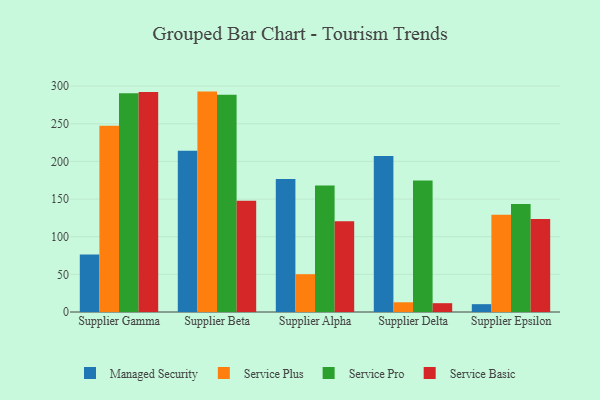
{"axis": {"x": "Supplier", "y": "Gross Profit (USD K)"}, "legend": ["Managed Security", "Service Basic", "Service Plus", "Service Pro"], "data": [{"x": "Supplier Gamma", "y": 76.4, "type": "Managed Security"}, {"x": "Supplier Gamma", "y": 247.2, "type": "Service Plus"}, {"x": "Supplier Gamma", "y": 290.6, "type": "Service Pro"}, {"x": "Supplier Gamma", "y": 292.1, "type": "Service Basic"}, {"x": "Supplier Beta", "y": 214.2, "type": "Managed Security"}, {"x": "Supplier Beta", "y": 292.7, "type": "Service Plus"}, {"x": "Supplier Beta", "y": 288.6, "type": "Service Pro"}, {"x": "Supplier Beta", "y": 147.8, "type": "Service Basic"}, {"x": "Supplier Alpha", "y": 176.5, "type": "Managed Security"}, {"x": "Supplier Alpha", "y": 50.2, "type": "Service Plus"}, {"x": "Supplier Alpha", "y": 167.9, "type": "Service Pro"}, {"x": "Supplier Alpha", "y": 120.4, "type": "Service Basic"}, {"x": "Supplier Delta", "y": 207.3, "type": "Managed Security"}, {"x": "Supplier Delta", "y": 12.9, "type": "Service Plus"}, {"x": "Supplier Delta", "y": 174.5, "type": "Service Pro"}, {"x": "Supplier Delta", "y": 11.7, "type": "Service Basic"}, {"x": "Supplier Epsilon", "y": 10.4, "type": "Managed Security"}, {"x": "Supplier Epsilon", "y": 129.3, "type": "Service Plus"}, {"x": "Supplier Epsilon", "y": 143.4, "type": "Service Pro"}, {"x": "Supplier Epsilon", "y": 123.4, "type": "Service Basic"}]}